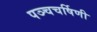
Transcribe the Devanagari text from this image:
पञ्चचर्षिणी